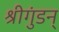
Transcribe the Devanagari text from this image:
श्रीगुंडन्